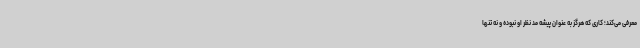
معرفی می‌کند؛ کاری که هرگز به عنوان پیشه‌ مد نظر او نبوده و نه تنها